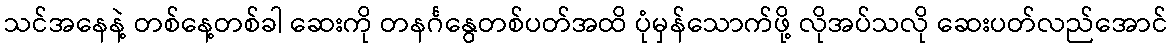
သင်အနေနဲ့ တစ်နေ့တစ်ခါ ဆေးကို တနင်္ဂနွေတစ်ပတ်အထိ ပုံမှန်သောက်ဖို့ လိုအပ်သလို ဆေးပတ်လည်အောင်